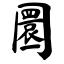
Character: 圜